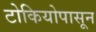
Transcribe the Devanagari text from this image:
टोकियोपासून